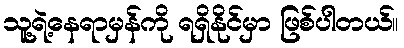
သူ့ရဲ့နေရာမှန်ကို ရရှိနိုင်မှာ ဖြစ်ပါတယ်။